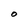
Character: O